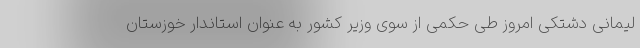
لیمانی دشتکی امروز طی حکمی از سوی وزیر کشور به عنوان استاندار خوزستان